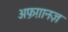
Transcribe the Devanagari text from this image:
अफ़ग़ानज़